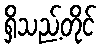
ရှိသည့်တိုင်